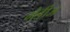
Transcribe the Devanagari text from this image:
मेडीज